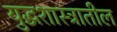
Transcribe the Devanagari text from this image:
युद्धशास्त्रातील